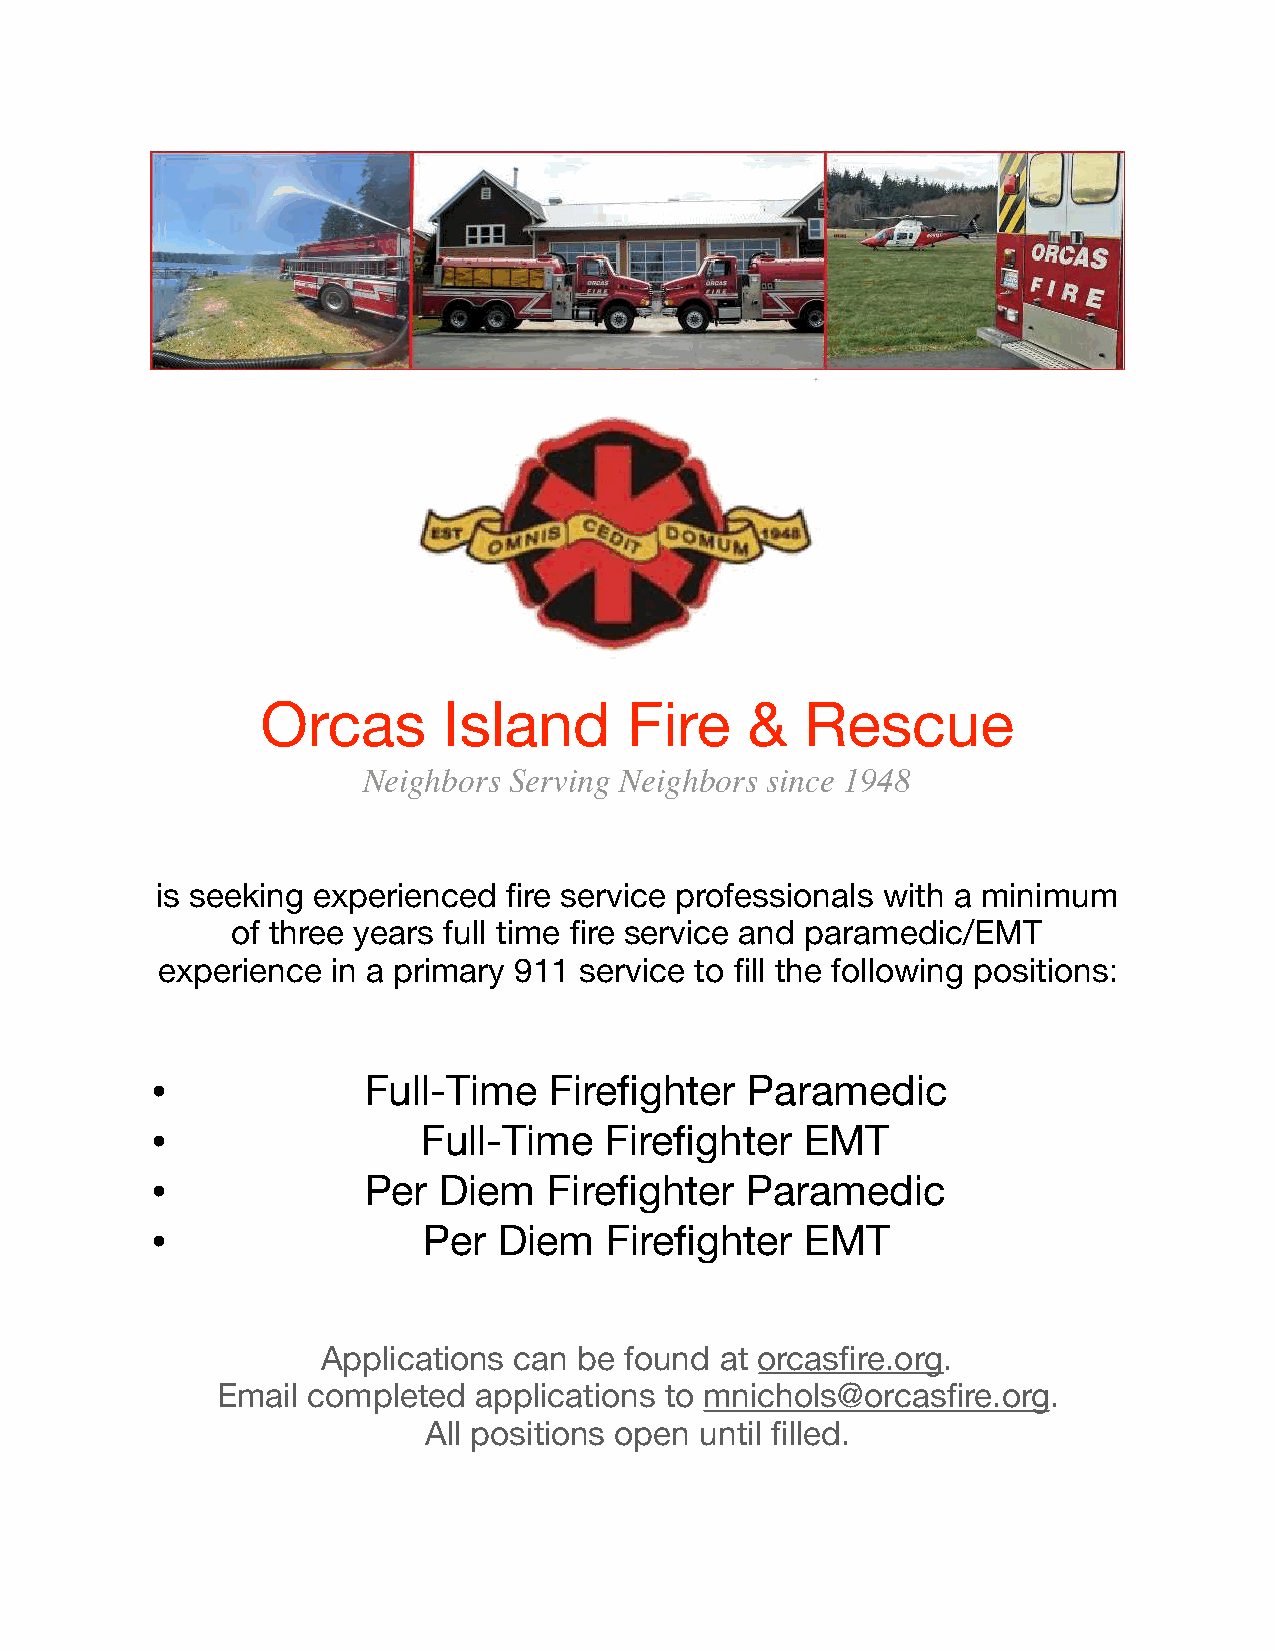
Orcas       Island       Fire    &  Rescue
 Neighbors Serving Neighbors since 1948
 is seeking experienced  fire service professionals with a minimum
 of three years full time fire service and paramedic/EMT
 experience  in a primary 911 service to fill the following positions:
 •
 Full-Time   Firefighter  Paramedic
 •
 Full-Time   Firefighter  EMT
 •
 Per  Diem   Firefighter  Paramedic
 •
 Per  Diem   Firefighter  EMT
 Applications can be found  at orcasfire.org.
 Email completed  applications to mnichols@orcasfire.org.
 All positions open until filled.